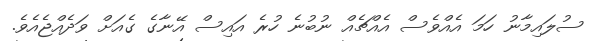
ސުލައިމާނު ހަމަ އެއްވެސް އެއްޗެއް ނުބުނެ ހުރެ އައިސް އޭނާގެ ގެއަށް ވަދެއްޖެއެވެ.